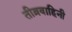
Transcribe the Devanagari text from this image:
तीव्रवाहिनी